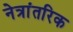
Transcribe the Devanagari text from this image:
नेत्रांतरिक